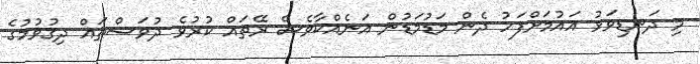
މި ދަނޑިވަޅު އައުމަށްފަހު ދެން މަޑުމަޑުން އަނެއްކާވެސް ރޭތައް ކުރުވެ ދުވަސްތައް ދިގުވުމުގެ